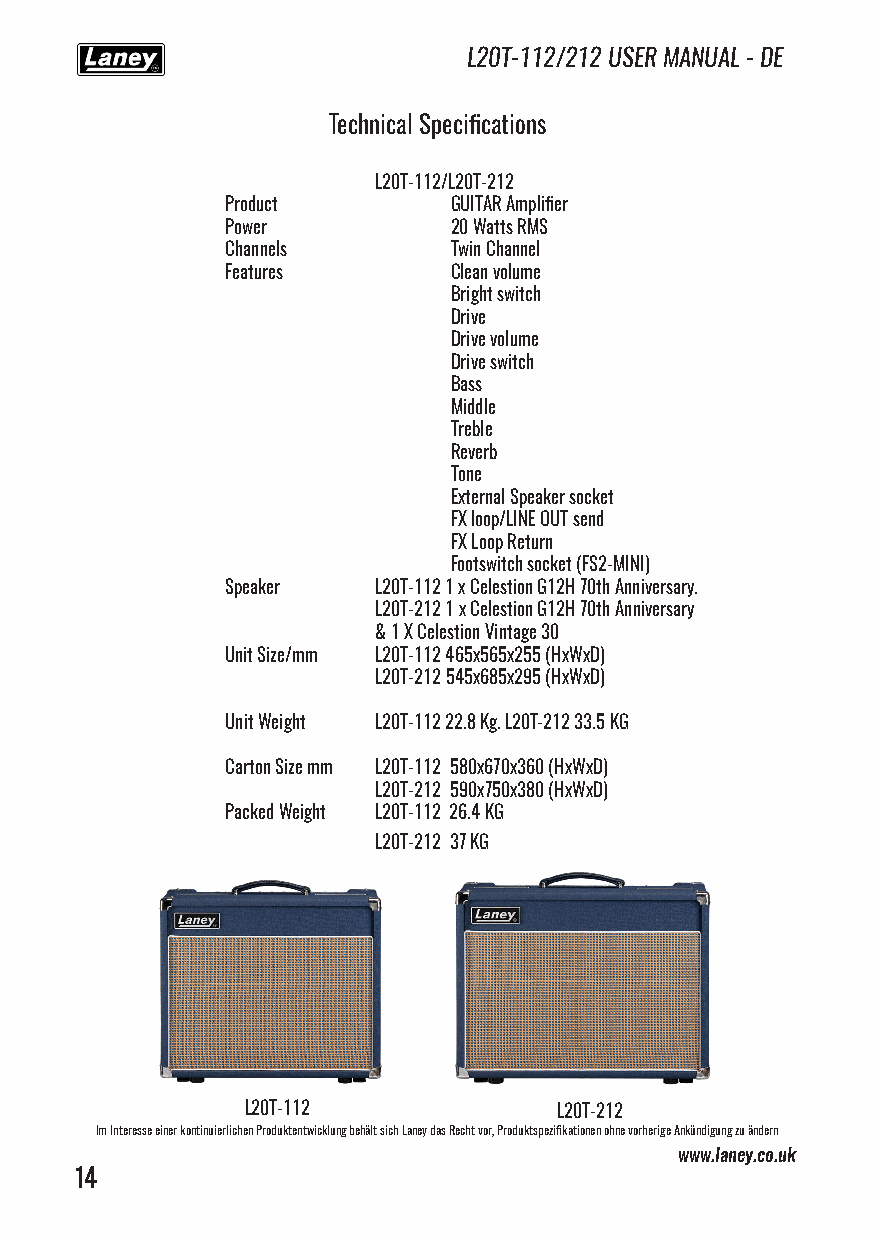
L20T-112/212 USER MANUAL - DE
 Technical Specifications
 L20T-112/L20T-212
 Product        GUITAR Amplifier
 Power          20 Watts RMS
 Channels       Twin Channel
 Features       Clean volume
 Bright switch
 Drive
 Drive volume
 Drive switch
 Bass
 Middle
 Treble
 Reverb
 Tone
 External Speaker socket
 FX loop/LINE OUT send
 FX Loop Return
 Footswitch socket (FS2-MINI)
 Speaker   L20T-112 1 x Celestion G12H 70th Anniversary.
 L20T-212 1 x Celestion G12H 70th Anniversary
 & 1 X Celestion Vintage 30
 Unit Size/mm L20T-112 465x565x255 (HxWxD)
 L20T-212 545x685x295 (HxWxD)
 Unit Weight L20T-112 22.8 Kg. L20T-212 33.5 KG
 Carton Size mm L20T-112 580x670x360 (HxWxD)
 L20T-212 590x750x380 (HxWxD)
 Packed Weight L20T-112 26.4 KG
 L20T-212 37 KG
 L20T-112             L20T-212
 Im Interesse einer kontinuierlichen Produktentwicklung behält sich Laney das Recht vor, Produktspezifikationen ohne vorherige Ankündigung zu ändern
 www.laney.co.uk
 14